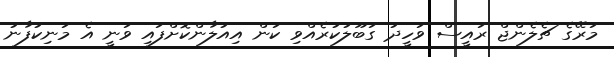
މަރޭގެ ޗެލެންޖް ރައީސް ވަހީދު ގަބޫލުކުރެއްވި ކަން އިއުލާންކޮށްފައި ވަނީ އެ މަނިކުފާނު